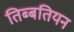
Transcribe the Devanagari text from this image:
तिब्‍बतियन